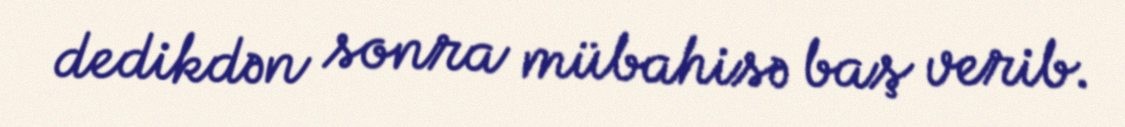
dedikdən sonra mübahisə baş verib.